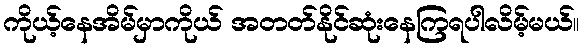
ကိုယ့်နေအိမ်မှာကိုယ် အတတ်နိုင်ဆုံးနေကြရပါလိမ့်မယ်။